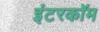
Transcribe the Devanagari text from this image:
इंटरकाॅम